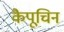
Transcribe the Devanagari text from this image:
कैपूचिन